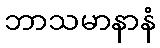
ဘာသမာနာနံ